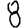
Digit: 8